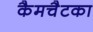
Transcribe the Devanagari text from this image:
कैमचैटका